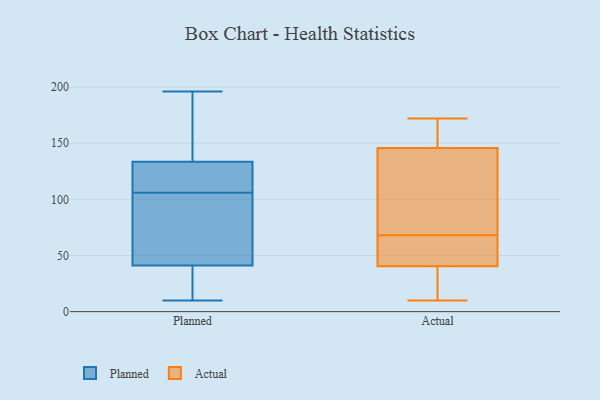
{"axis": {"x": "Revenue (USD Million)", "y": "Value"}, "legend": ["Actual", "Planned"], "data": [{"x": "", "y": 108, "type": "Planned"}, {"x": "", "y": 74, "type": "Planned"}, {"x": "", "y": 108, "type": "Planned"}, {"x": "", "y": 138, "type": "Planned"}, {"x": "", "y": 106, "type": "Planned"}, {"x": "", "y": 25, "type": "Planned"}, {"x": "", "y": 122, "type": "Planned"}, {"x": "", "y": 106, "type": "Planned"}, {"x": "", "y": 196, "type": "Planned"}, {"x": "", "y": 149, "type": "Planned"}, {"x": "", "y": 38, "type": "Planned"}, {"x": "", "y": 10, "type": "Planned"}, {"x": "", "y": 32, "type": "Planned"}, {"x": "", "y": 106, "type": "Planned"}, {"x": "", "y": 129, "type": "Planned"}, {"x": "", "y": 44, "type": "Planned"}, {"x": "", "y": 178, "type": "Planned"}, {"x": "", "y": 91, "type": "Planned"}, {"x": "", "y": 34, "type": "Planned"}, {"x": "", "y": 141, "type": "Planned"}, {"x": "", "y": 35, "type": "Actual"}, {"x": "", "y": 153, "type": "Actual"}, {"x": "", "y": 127, "type": "Actual"}, {"x": "", "y": 57, "type": "Actual"}, {"x": "", "y": 163, "type": "Actual"}, {"x": "", "y": 152, "type": "Actual"}, {"x": "", "y": 172, "type": "Actual"}, {"x": "", "y": 10, "type": "Actual"}, {"x": "", "y": 34, "type": "Actual"}, {"x": "", "y": 120, "type": "Actual"}, {"x": "", "y": 57, "type": "Actual"}, {"x": "", "y": 68, "type": "Actual"}, {"x": "", "y": 102, "type": "Actual"}, {"x": "", "y": 65, "type": "Actual"}, {"x": "", "y": 11, "type": "Actual"}]}